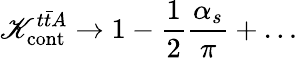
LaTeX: \mathscr{K}_{\mathrm{{cont}}}^{t\bar{{t}}A}\to1-\frac{{1}}{{2}}\frac{{\alpha_{s}}}{{\pi}}+\ldots